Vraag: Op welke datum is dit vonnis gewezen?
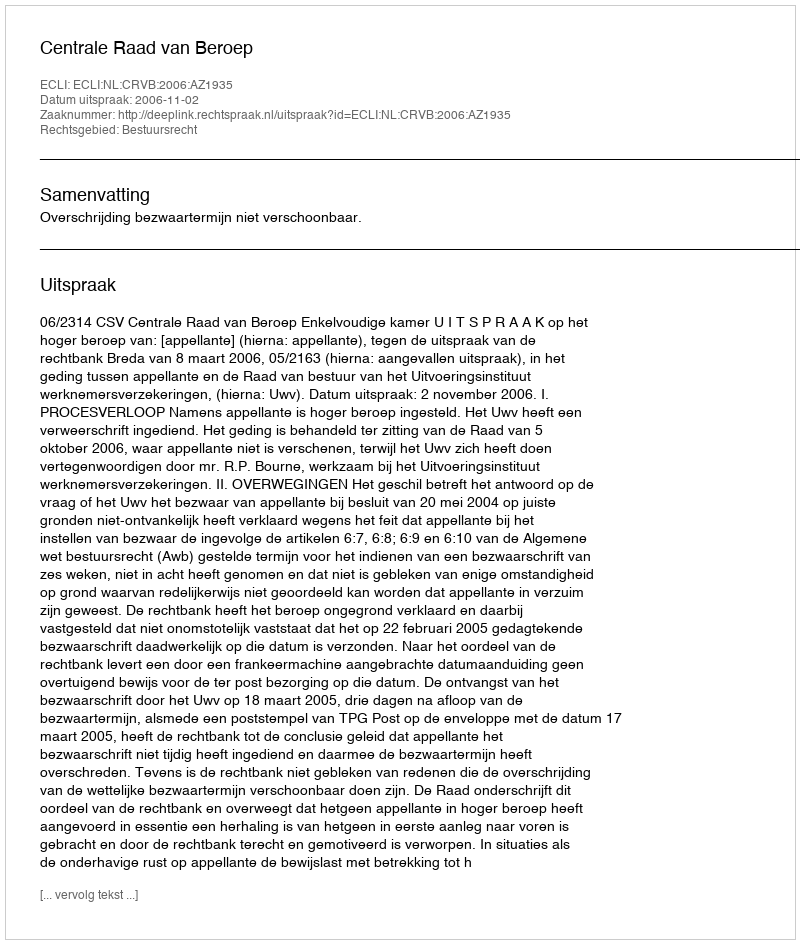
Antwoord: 2006-11-02